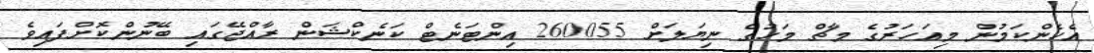
އެހެންކަމުން މިއަހަރުގެ މާޗް މަހުގެ ނިޔަލަށް 260055 އިންޓަނެޓް ކަނެކްޝަން ރާއްޖޭގައި ބޭނުންކޮށްފައިވެ